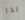
لذا